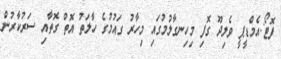
ފޮޓޯ:އެމްޑީޕީ ވެލިދޫ ގޮފި މިހިނގާލުމުގައި މިހާރު ގައުމުގެ ހާލަތު އޮތް ގޮތާއި ސަރުކާރުން